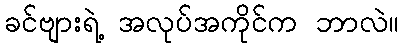
ခင်ဗျားရဲ့ အလုပ်အကိုင်က ဘာလဲ။